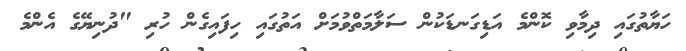
ހަޔާތުގައި ދިމާވި ކޮންމެ އަޑިގަނޑަކުން ސަލާމަތްވުމަށް އަތުގައި ހިފައިގެން ހުރި "ދުނިޔޭގެ އެންމެ